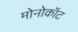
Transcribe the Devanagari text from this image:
मोनोकॉट